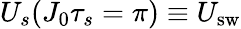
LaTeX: U_{s}(J_{0}\tau_{s}=\pi)\equiv U_{\mathrm{{sw}}}